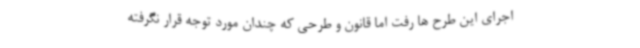
اجرای این طرح ها رفت اما قانون و طرحی که چندان مورد توجه قرار نگرفته